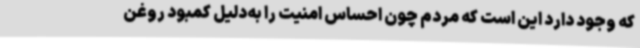
که وجود دارد این است که مردم چون احساس امنیت را به‌دلیل کمبود روغن